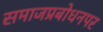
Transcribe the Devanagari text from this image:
समाजप्रबोधनपर